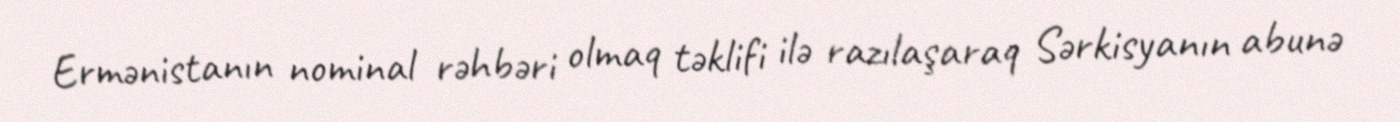
Ermənistanın nominal rəhbəri olmaq təklifi ilə razılaşaraq Sərkisyanın abunə